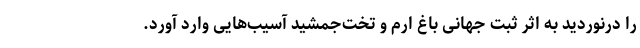
را درنوردید به اثر ثبت جهانی باغ ارم و تخت‌جمشید آسیب‌هایی وارد آورد.